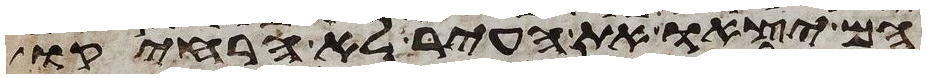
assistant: הם יצאו את העיר לא הרחיקו